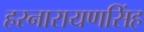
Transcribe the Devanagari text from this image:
हरनारायणसिंह